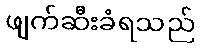
ဖျက်ဆီးခံရသည်